Medical and sanitary report of the native army of Madras for the year
Year: 1876
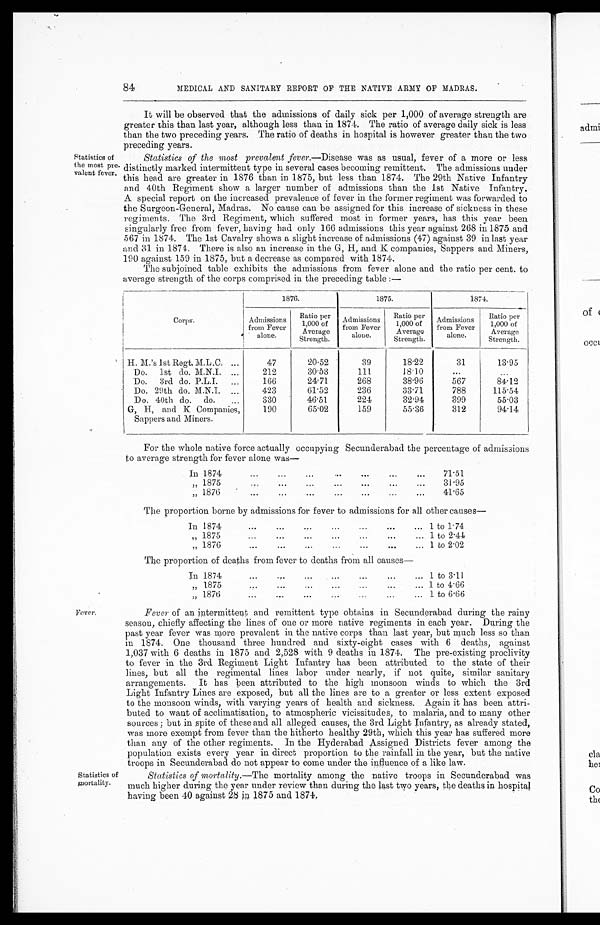
Statistics of
the most pre-
valent fever.
84
MEDICAL AND SANITARY REPORT OF THE NATIVE ARMY OF MADRAS.
It will be observed that the admissions of daily sick per 1,000 of average strength are
greater this than last year, although less than in 1874. The ratio of average daily sick is less
than the two preceding years. The ratio of deaths in hospital is however greater than the two
Precedin g years.
Statistics of the most prevalent fever.—Disease was as usual, fever of a more or less
distinctly marked intermittent type in several cases becoming remittent. The admissions under
this head are greater in 1876 than in 1875, but less than 1874. The 29th Native Infantry
and 40th Regiment show a larger number of admissions than the 1st Native Infantry.
A special report on the increased prevalence of fever in the former regiment was forwarded to
the Surgeon-General, Madras. No cause can be assigned for this increase of sickness in these
regiments. The 3rd Regiment, which suffered most in former years, has this year been
singularly free from fever, having had only 166 admissions this year against 268 in 1875 and
567 in 1874. The 1st Cavalry shows a slight increase of admissions (47) against 39 in last year
and 31 in 1874. There is also an increase in the G, H, and K companies, Sappers and Miners,
190 against 159 in 1875, but a decrease as compared with 1874.
The subjoined table exhibits the admissions from fever alone and the ratio per cent. to
average strength of the corps comprised in the preceding table :—
Fever.
Corps.
1876.
1875.
1874.
Admissions
from Fever
alone.
Ratio per
1,000 of
Average
Strength.
Admissions
from Fever
alone.
Ratio per
1,000 of
Average
Strength.
Admissions -
from Fever
alone.
Ratio per
1,000 of
Average
Strength.
H.M.'s 1st Regt. M.L.C. ...
47
20.52
39
18.22
31
13.95
Do.
1st do. M.N.I. ...
212
30.53
111
18. 10
. . .
...
Do.
3rd do. P.L.I.
...
166
24.71
268
3 8 . 9 6
567
84.12
Do. 29th do. M.N.I.
...
423
61.52
236
33.71
788
115.54
Do. 40th do.
do.
...
330
4 6 . 5 1
224
32.94
399
55.03
G, H, and K Companies,
Sappers and Miners.
190
65.02
159
55.36
312
94.14
For the whole native force actually occupying Secunderabad the percentage of admissions
to average strength for fever alone was
—
...
...
...
In 1874...
...
...
...
71.51
„ 1875
...
...
...
...
...
...
31.95
„ 1876
...
...
...
...
...
41.65
The proportion borne by admissions for fever to admissions for all other causes
—
In 1874
...
...
...
...
...
... 1 to 1.74
„ 1875
...
...
...
...
...
... 1 to 2.44
„ 1876
...
...
...
...
...
...
... 1 to 2.02
The proportion of deaths from fever to deaths from all causes
—
In 1874
...
...
...
...
... 1 to 3.11
...
...
...
...
...
„ 1875... 1 to 4.66
„ 1876
...
...
... 1 to 6.66
Fever of an intermittent and remittent type obtains in Secunderabad during the rainy
season, chiefly affecting the lines of one or more native regiments in each year. During the
past year fever was more prevalent in the native corps than last year, but much less so than
in 1874. One thousand three hundred and sixty-eight cases with 6 deaths, against
1,037 with 6 deaths in 1875 and 2,528 with 9 deaths in 1874. The pre-existing proclivity
to fever in the 3rd Regiment Light Infantry has been attributed to the state of their
lines, but all the regimental lines labor under nearly, if not quite, similar sanitary
arrangements. It has been attributed to the high monsoon winds to which the 3rd
Light Infantry Lines are exposed, but all the lines are to a greater or less extent exposed
to the monsoon winds, with varying years of health and sickness. Again it has been attri-
buted to want of acclimatisation, to atmospheric vicissitudes, to malaria, and to many other
sources ; but in spite of these and all alleged causes, the 3rd Light Infantry, as already stated,
was more exempt from fever than the hitherto healthy 29th, which this year has suffered more
than any of the other regiments. In the Hyderabad Assigned Districts fever among the
population exists every year in direct proportion to the rainfall in the year, but the native
troops in Secunderabad do not appear to come under the influence of a like law.
Statistics of
mortality.
Statistics of mortality.—The mortality among the native troops in Secunderabad was
much higher during the year under review than during the last two years, the deaths in hospital
having been 40 against 28 in 1875 and 1874.